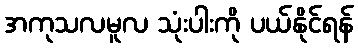
အကုသလမူလ သုံးပါးကို ပယ်နိုင်ရန်